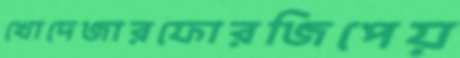
খোদেজারফোরজিপেয়